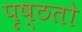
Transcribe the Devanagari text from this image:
पृष्ठतो